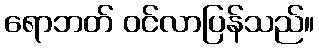
ရောဘတ် ဝင်လာပြန်သည်။